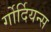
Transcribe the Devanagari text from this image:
र्गोर्दियन्स